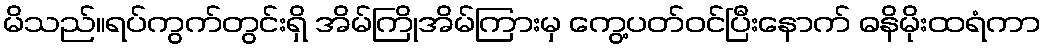
မိသည်။ရပ်ကွက်တွင်းရှိ အိမ်ကြိုအိမ်ကြားမှ ကွေ့ပတ်ဝင်ပြီးနောက် ဓနိမိုးထရံကာ